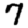
Digit: 7